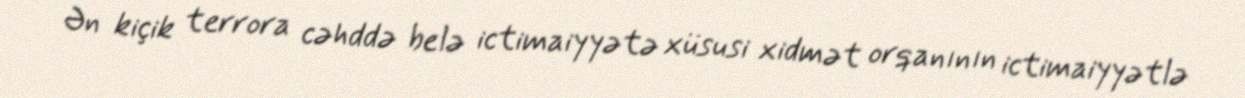
Ən kiçik terrora cəhddə belə ictimaiyyətə xüsusi xidmət orqanının ictimaiyyətlə